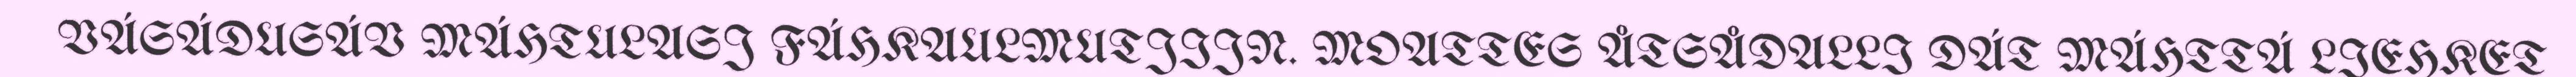
VÁSÁDUSÁV MÁHTULASJ FÁHKAULMUTJIJN. MOATTES ÅTSÅDALLI DÁT MÁHTTÁ LIEHKET